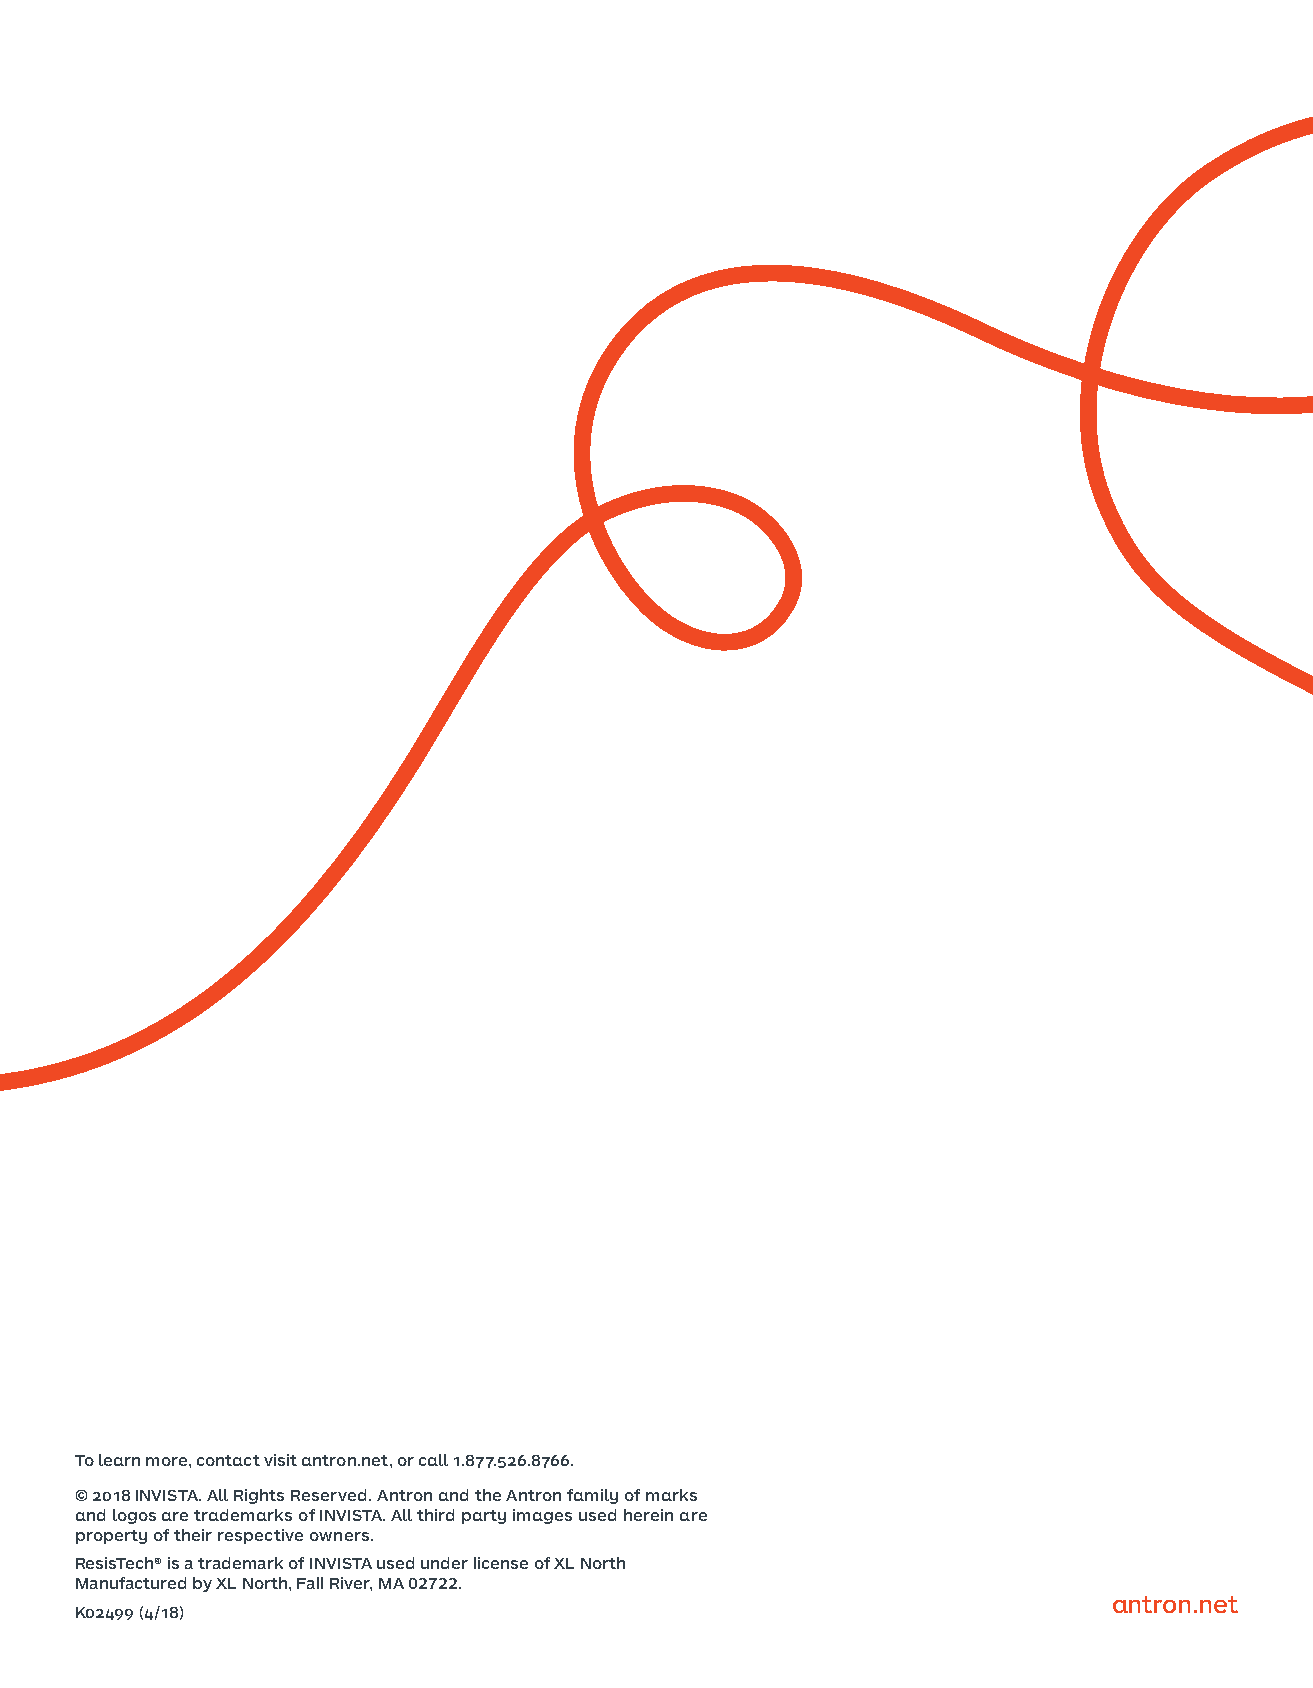
To learn more, contact visit antron.net, or call 1.877.526.8766.
 © 2018 INVISTA. All Rights Reserved. Antron and the Antron family of marks
 and logos are trademarks of INVISTA. All third party images used herein are
 property of their respective owners.
 ResisTech® is a trademark of INVISTA used under license of XL North
 Manufactured by XL North, Fall River, MA 02722.
 antron.net
 K02499 (4/18)